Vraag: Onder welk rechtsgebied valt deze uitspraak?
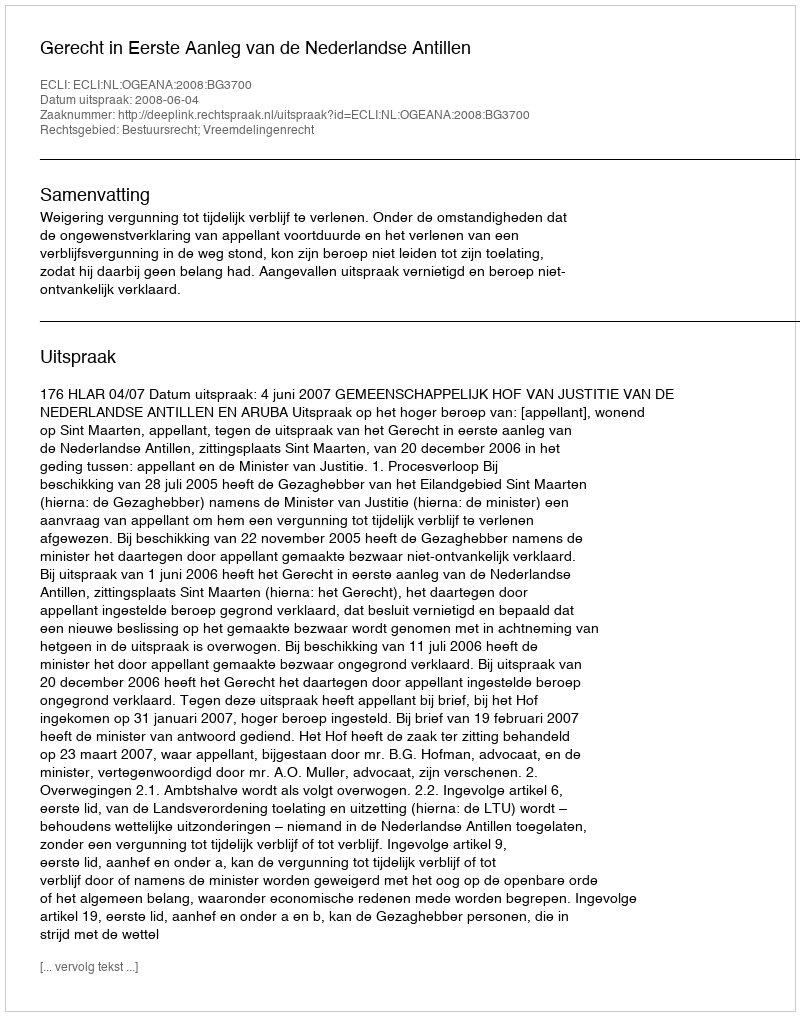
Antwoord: Bestuursrecht; Vreemdelingenrecht